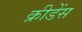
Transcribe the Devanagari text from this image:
क्रीडेंस